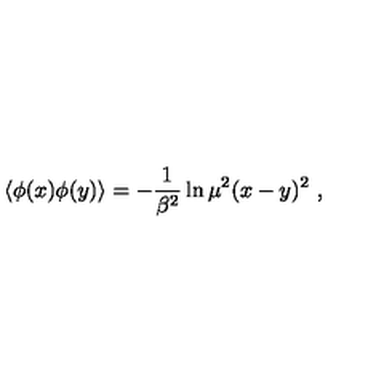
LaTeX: \left\langle \phi ( x ) \phi ( y ) \right\rangle = - \frac { 1 } { \beta ^ { 2 } } \ln \mu ^ { 2 } ( x - y ) ^ { 2 } \ ,